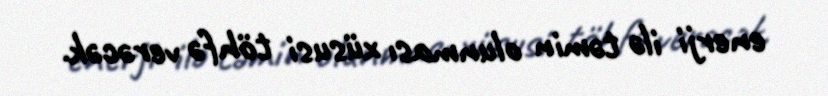
enerji ilə təmin olunması xüsusi töhfə verəcək.